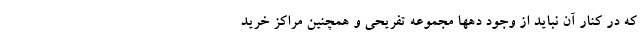
که در کنار آن نباید از وجود دهها مجموعه تفریحی و همچنین مراکز خرید